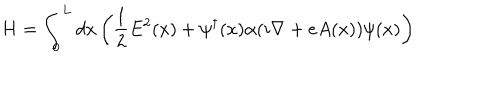
H = \int _ { 0 } ^ { L } d x \left( { \frac { 1 } { 2 } } E ^ { 2 } ( x ) + \psi ^ { \dagger } ( x ) \alpha ( i \nabla + e A ( x ) ) \psi ( x ) \right)